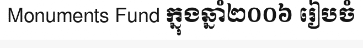
Monuments Fund ក្នុងឆ្នាំ២០០៦ រៀបចំ